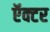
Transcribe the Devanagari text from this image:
ऍक्टर